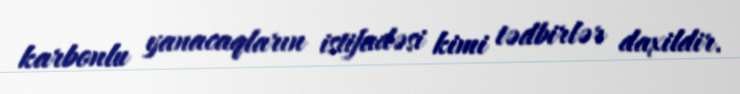
karbonlu yanacaqların istifadəsi kimi tədbirlər daxildir.